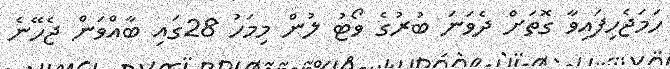
ހަމަޖެހިފައިވާ ގޮތަށް ދެވަނަ ބުރުގެ ވޯޓު ލުން މިމަހު 28ގައި ބާއްވަން ޖެހޭނެ